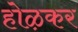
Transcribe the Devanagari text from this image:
होऴकर